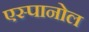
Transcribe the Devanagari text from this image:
एस्‍पानोल